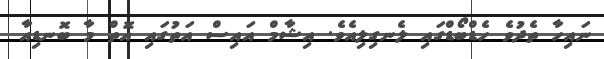
ނައިހާ ތެދުވެ ހެޑްބޯޑްގައި ލެނގިލިއެވެ. އިޝާމް އައިސް އަތުގައި އޮތް މާ ބޮނޑިއާ